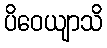
ပိဝေယျာသိ